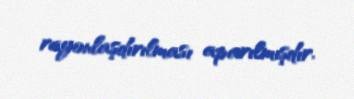
rayonlaşdırılması aparılmışdır.